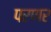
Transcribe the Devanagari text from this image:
परणर